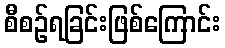
စီစဉ်ရခြင်းဖြစ်ကြောင်း